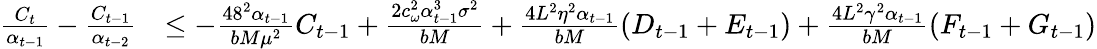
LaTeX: \begin{array}{rl}{\frac{C_{t}}{\alpha_{t-1}}-\frac{C_{t-1}}{\alpha_{t-2}}}&{\leq-\frac{48^{2}\alpha_{t-1}}{bM\mu^{2}}C_{t-1}+\frac{2c_{\omega}^{2}\alpha_{t-1}^{3}\sigma^{2}}{bM}+\frac{4L^{2}\eta^{2}\alpha_{t-1}}{bM}(D_{t-1}+E_{t-1})+\frac{4L^{2}\gamma^{2}\alpha_{t-1}}{bM}(F_{t-1}+G_{t-1})}\end{array}